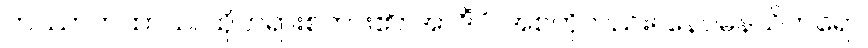
တဿာကထာယ၊ ထိုတရားစကား၏။ အာဒိံပိ၊ အစကိုလည်း။ နေဝမနသိကရော